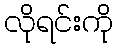
လိုရင်းကို